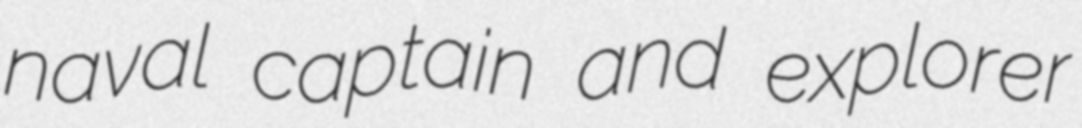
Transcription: naval captain and explorer